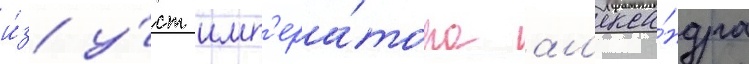
и́з у́ст имп'ера́тора ал'екса́ндра